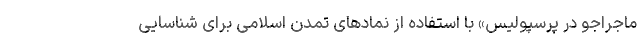
ماجراجو در پرسپولیس» با استفاده از نمادهای تمدن اسلامی برای شناسایی